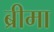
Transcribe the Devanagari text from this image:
ब्रीमा